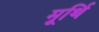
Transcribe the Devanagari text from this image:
मूर्थि